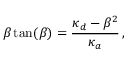
\beta \tan ( \beta ) = \frac { \kappa _ { d } - \beta ^ { 2 } } { \kappa _ { a } } \, ,